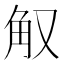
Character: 𰴠